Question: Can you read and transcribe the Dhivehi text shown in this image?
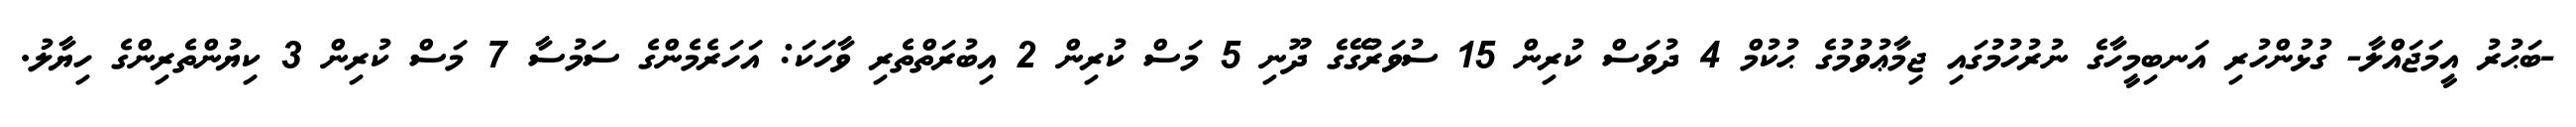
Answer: -ބަޙުރު އީމަޖައްލާ- ގުޅުންހުރި އަނބިމީހާގެ ނުރުހުމުގައި ޖިމާޢުވުމުގެ ޙުކުމް 4 ދުވަސް ކުރިން 15 ސުވަރުގޭގެ ދޫނި 5 މަސް ކުރިން 2 އިބުރަތްތެރި ވާހަކަ: އަހަރެމެންގެ ސަމުސާ 7 މަސް ކުރިން 3 ކިޔުންތެރިންގެ ހިޔާލު.